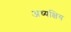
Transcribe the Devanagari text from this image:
अध्यक्षिय